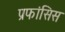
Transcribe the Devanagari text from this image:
प्रफांसिस